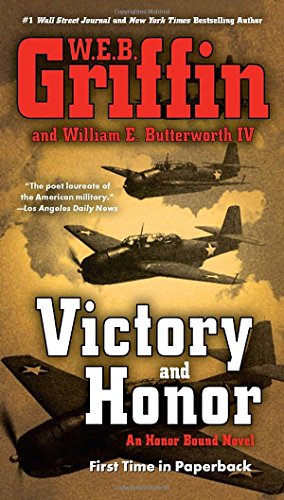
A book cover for Victory and Honor (Honor Bound); W.E.B. Griffin; Literature & Fiction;